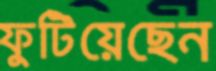
ফুটিয়েছেন